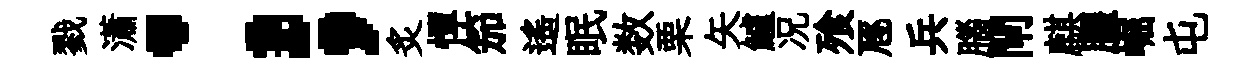
戮瀟；，炙憚笳遙眠数栗矢鱸况飱豗兵腦閘麒臞崛屯